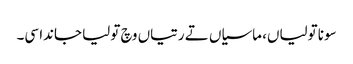
سونا تولیاں، ماسیاں تے رتیاں وچ تولیا جاندا سی۔